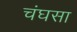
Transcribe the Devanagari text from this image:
चंघसा